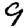
Digit: 9